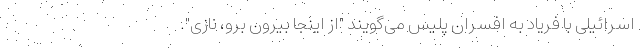
اسرائیلی با فریاد به افسران پلیس می‌گویند "از اینجا بیرون برو، نازی".